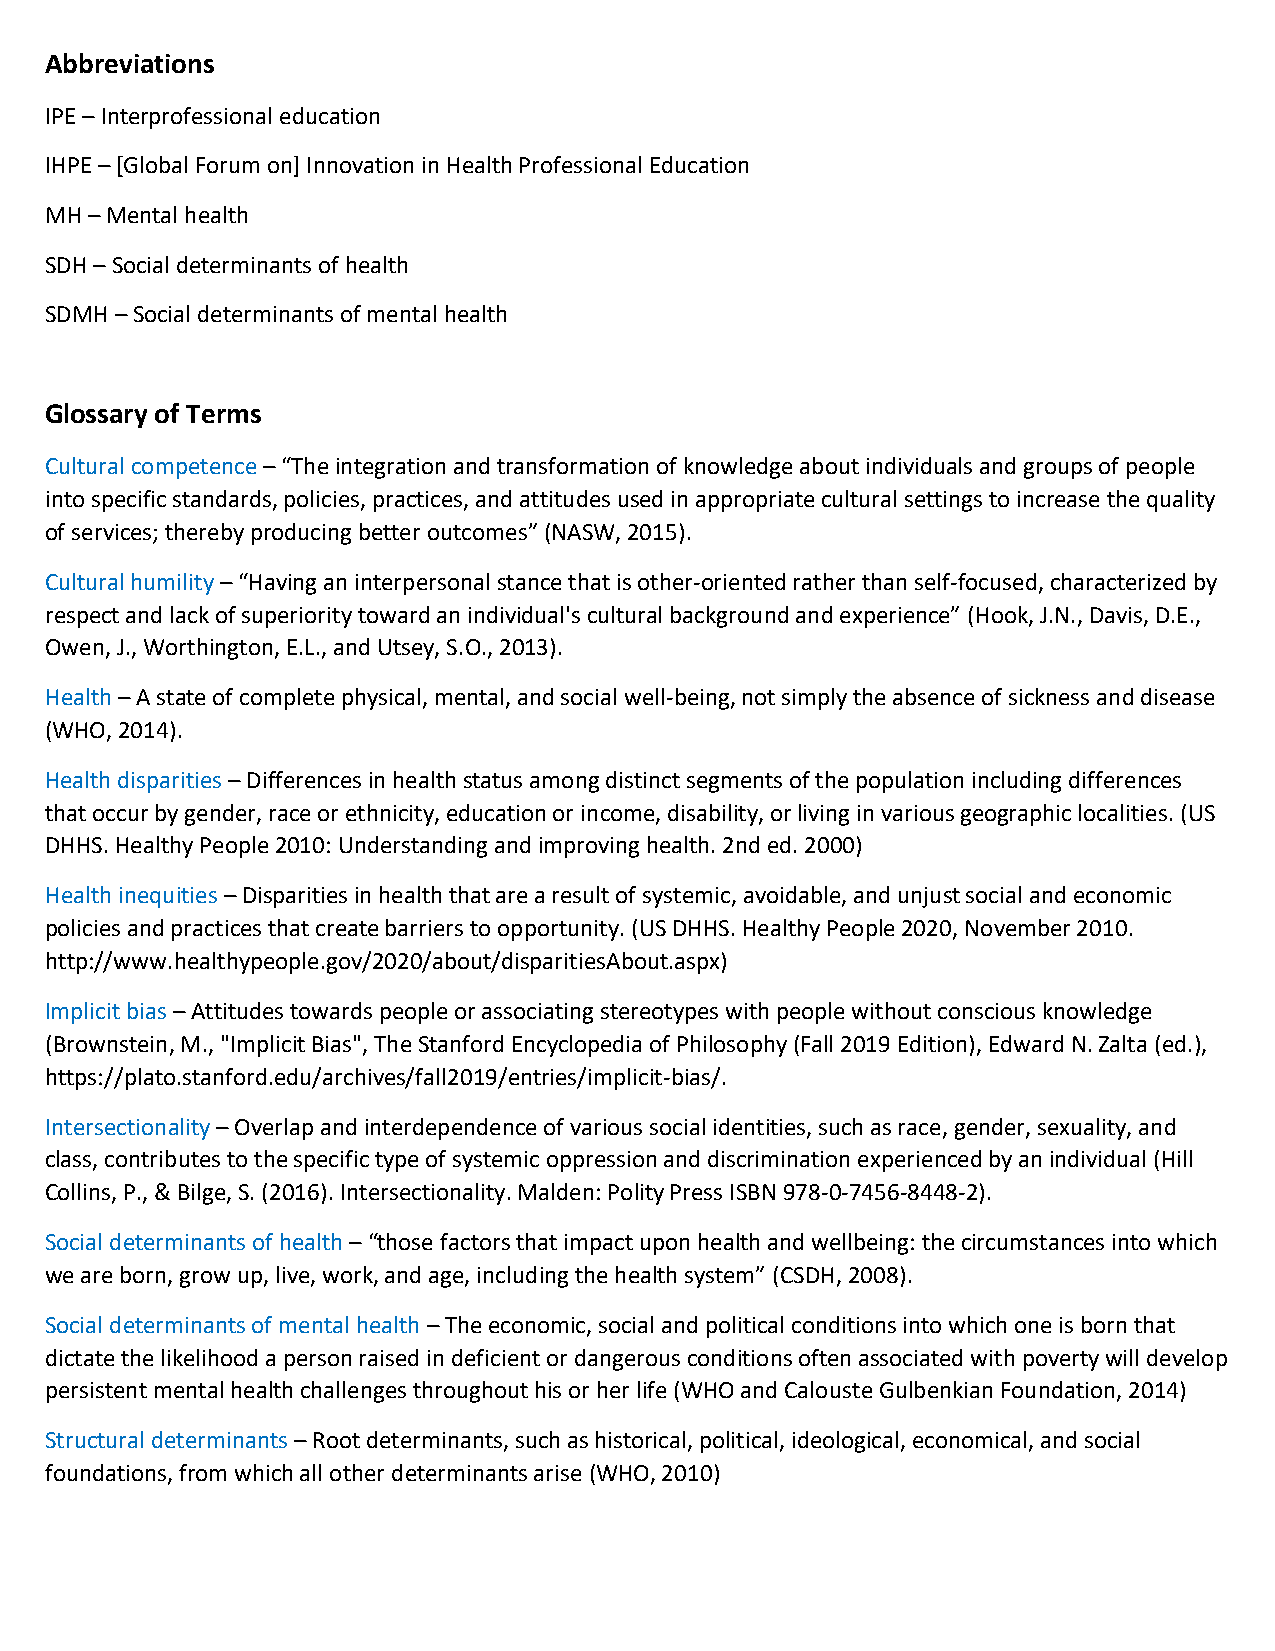
Abbreviations
 IPE – Interprofessional education
 IHPE – [Global Forum on] Innovation in Health Professional Education
 MH – Mental health
 SDH – Social determinants of health
 SDMH – Social determinants of mental health
 Glossary of Terms
 Cultural competence – “The integration and transformation of knowledge about individuals and groups of people
 into specific standards, policies, practices, and attitudes used in appropriate cultural settings to increase the quality
 of services; thereby producing better outcomes” (NASW, 2015).
 Cultural humility – “Having an interpersonal stance that is other-oriented rather than self-focused, characterized by
 respect and lack of superiority toward an individual's cultural background and experience” (Hook, J.N., Davis, D.E.,
 Owen, J., Worthington, E.L., and Utsey, S.O., 2013).
 Health – A state of complete physical, mental, and social well-being, not simply the absence of sickness and disease
 (WHO, 2014).
 Health disparities – Differences in health status among distinct segments of the population including differences
 that occur by gender, race or ethnicity, education or income, disability, or living in various geographic localities. (US
 DHHS. Healthy People 2010: Understanding and improving health. 2nd ed. 2000)
 Health inequities – Disparities in health that are a result of systemic, avoidable, and unjust social and economic
 policies and practices that create barriers to opportunity. (US DHHS. Healthy People 2020, November 2010.
 http://www.healthypeople.gov/2020/about/disparitiesAbout.aspx)
 Implicit bias – Attitudes towards people or associating stereotypes with people without conscious knowledge
 (Brownstein, M., "Implicit Bias", The Stanford Encyclopedia of Philosophy (Fall 2019 Edition), Edward N. Zalta (ed.),
 https://plato.stanford.edu/archives/fall2019/entries/implicit-bias/.
 Intersectionality – Overlap and interdependence of various social identities, such as race, gender, sexuality, and
 class, contributes to the specific type of systemic oppression and discrimination experienced by an individual (Hill
 Collins, P., & Bilge, S. (2016). Intersectionality. Malden: Polity Press ISBN 978-0-7456-8448-2).
 Social determinants of health – “those factors that impact upon health and wellbeing: the circumstances into which
 we are born, grow up, live, work, and age, including the health system” (CSDH, 2008).
 Social determinants of mental health – The economic, social and political conditions into which one is born that
 dictate the likelihood a person raised in deficient or dangerous conditions often associated with poverty will develop
 persistent mental health challenges throughout his or her life (WHO and Calouste Gulbenkian Foundation, 2014)
 Structural determinants – Root determinants, such as historical, political, ideological, economical, and social
 foundations, from which all other determinants arise (WHO, 2010)